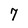
Character: 7